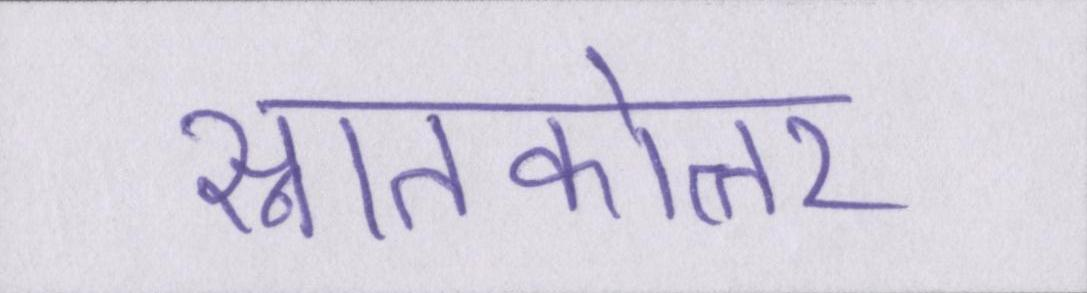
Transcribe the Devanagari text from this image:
स्नातकोत्तर